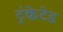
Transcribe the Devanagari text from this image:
ट्रंकेटेड